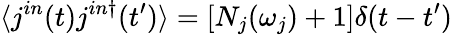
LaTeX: \langle j^{in}(t)j^{in\dagger}(t^{\prime})\rangle=[N_{j}(\omega_{j})+1]\delta(t-t^{\prime})